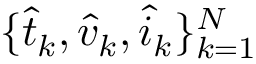
\{ \hat { t } _ { k } , \hat { v } _ { k } , \hat { i } _ { k } \} _ { k = 1 } ^ { N }